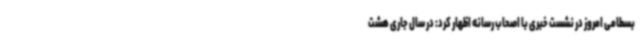
بسطامی امروز در نشست خبری با اصحاب رسانه اظهار کرد: در سال جاری هشت